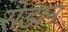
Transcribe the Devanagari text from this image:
रोडान